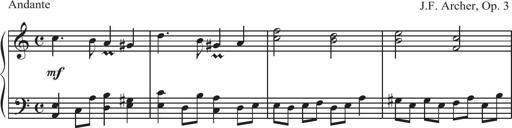
Title: Sonatina Espania
Composer: Jerald Franklin Archer
Key: Various